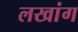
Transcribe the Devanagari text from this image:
लखांग